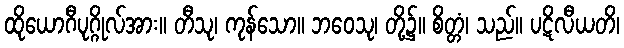
ထိုယောဂီပုဂ္ဂိုလ်အား။ တီသု၊ ကုန်သော။ ဘဝေသု၊ တို့၌။ စိတ္တံ၊ သည်။ ပဋိလီယတိ၊